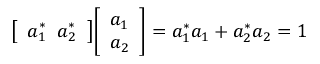
{ \left[ \begin{array} { l } { a _ { 1 } ^ { * } \; \; a _ { 2 } ^ { * } } \end{array} \right] } { \left[ \begin{array} { l } { a _ { 1 } } \\ { a _ { 2 } } \end{array} \right] } = a _ { 1 } ^ { * } a _ { 1 } + a _ { 2 } ^ { * } a _ { 2 } = 1